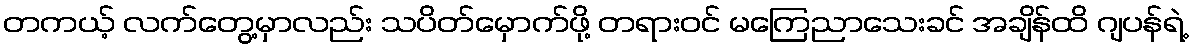
တကယ့် လက်တွေ့မှာလည်း သပိတ်မှောက်ဖို့ တရားဝင် မကြေညာသေးခင် အချိန်ထိ ဂျပန်ရဲ့